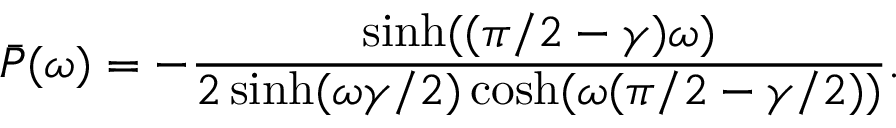
\bar { P } ( \omega ) = - \frac { \sinh ( ( \pi / 2 - \gamma ) \omega ) } { 2 \sinh ( \omega \gamma / 2 ) \cosh ( \omega ( \pi / 2 - \gamma / 2 ) ) } .